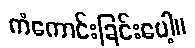
ကံကောင်းခြင်းပေါ့။